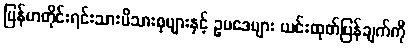
မြန်မာတိုင်းရင်းသားမိသားစုများနှင့် ဥပဒေများ ယင်းထုတ်ပြန်ချက်ကို